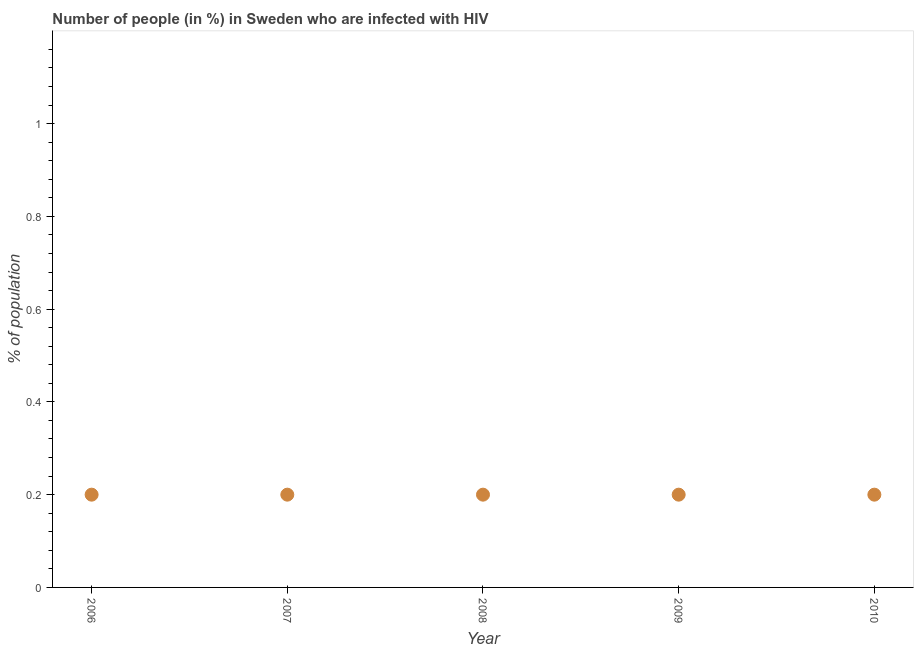
| Year | Infected with HIV |
 | --- | --- |
 | 2006 | 0.2 |
 | 2007 | 0.2 |
 | 2008 | 0.2 |
 | 2009 | 0.2 |
 | 2010 | 0.2 |